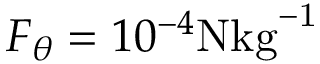
F _ { \theta } = 1 0 ^ { - 4 } \mathrm { N { k g } ^ { - 1 } }